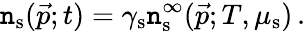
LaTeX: \mathtt{n}_{\mathrm{{s}}}(\vec{{p}};t)=\gamma_{\mathrm{{s}}}\mathtt{n}_{\mathrm{{s}}}^{\infty}(\vec{{p}};T,\mu_{\mathrm{{s}}})\, .